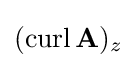
(\operatorname {curl} \mathbf {A} )_{z}